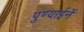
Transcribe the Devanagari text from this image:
पुण्याईनें